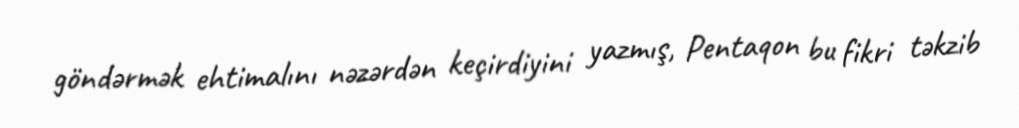
göndərmək ehtimalını nəzərdən keçirdiyini yazmış, Pentaqon bu fikri təkzib